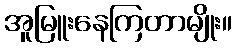
အူမြူးနေကြတာမျိုး။